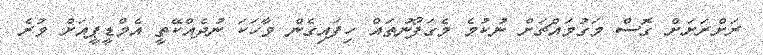
ރަށްރަށަށް ގޮސް މަގުމައްޗަށް ނުކުމެ މެގަފޯނުތައް ހިފައިގެން ވާހަކަ ނުދެއްކޭތީ އެމްޑީޕީއަށް ވުރެ